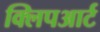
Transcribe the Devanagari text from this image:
क्लिपआर्ट